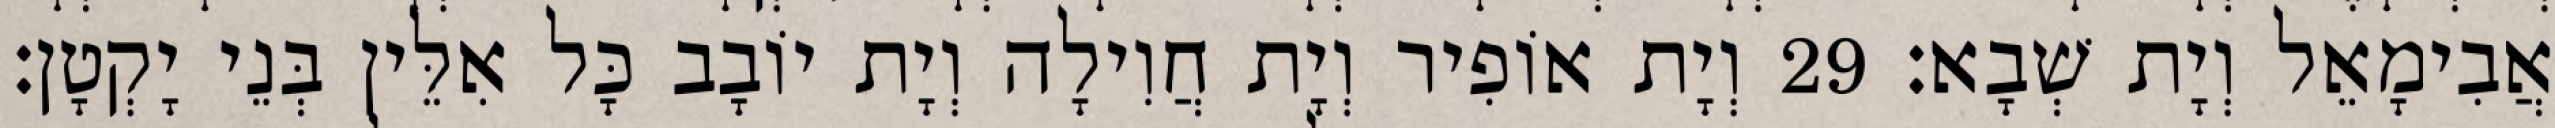
אֲבִימָאֵל וְיָת שְׁבָא׃ 29 וְיָת אוֹפִיר וְיָת חֲוִילָה וְיָת יוֹבָב כָּל אִלֵּין בְּנֵי יָקְטָן׃